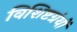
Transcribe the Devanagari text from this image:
विशिष्टग्रंथों